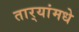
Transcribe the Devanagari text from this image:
तार्‍यांमधे